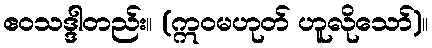
ဧဝသဒ္ဒါတည်း။ (ဣဝမဟုတ် ဟူလိုသော်)။